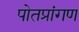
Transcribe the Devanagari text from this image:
पोतप्रांगण